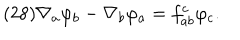
( 2 8 ) \nabla _ { a } \varphi _ { b } - \nabla _ { b } \varphi _ { a } = f _ { a b } ^ { c } \varphi _ { c } .